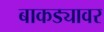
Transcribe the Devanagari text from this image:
बाकड्यावर